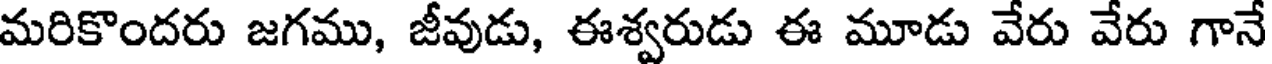
మరికొందరు జగము, జీవుడు, ఈశ్వరుడు ఈ మూడు వేరు వేరు గానే